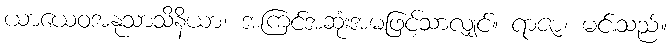
ယာယေဝအနုသာသိနိယာ၊ အကြင်အဆုံးအမဖြင့်သာလျှင်။ ရာဇာ၊ မင်းသည်။